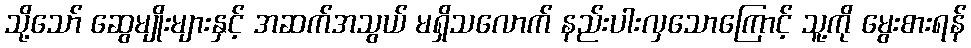
သို့သော် ဆွေမျိုးများနှင့် အဆက်အသွယ် မရှိသလောက် နည်းပါးလှသောကြောင့် သူ့ကို မွေးစားရန်